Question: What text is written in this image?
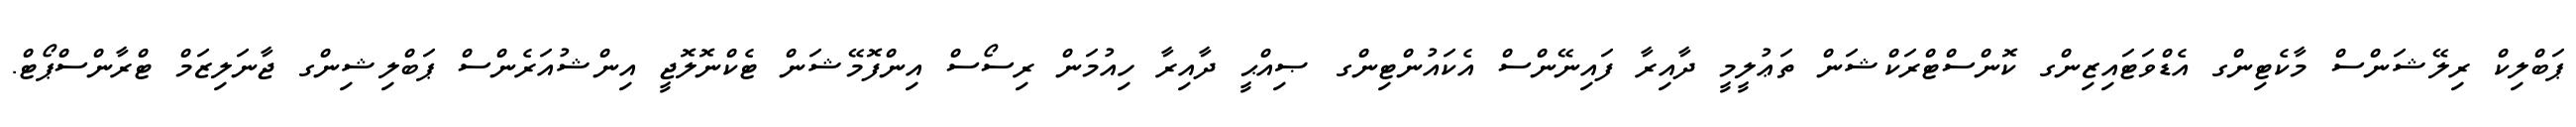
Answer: ޕަބްލިކް ރިލޭޝަންސް މާކެޓިންގ އެޑްވަޓައިޒިންގ ކޮންސްޓްރަކްޝަން ތަޢުލީމީ ދާއިރާ ފައިނޭންސް އެކައުންޓިންގ ޞިއްޙީ ދާއިރާ ހިއުމަން ރިސޯސް އިންފޮމޭޝަން ޓެކްނޮލޮޖީ އިންޝުއަރެންސް ޕަބްލިޝިންގ ޖާނަލިޒަމް ޓްރާންސްޕޯޓް.